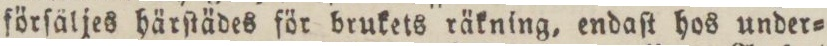
förſäljes härſtädes för brukets räkning, endaſt hos under=